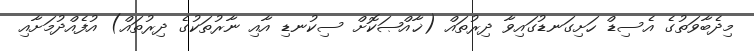
މިދެބާވަތުގެ އެސިޑް ހަށިގަނޑުގައިވާ ދިރުތައް (ޚާއްޞަކޮށް ސިކުނޑި އާއި ނާރުތަކުގެ ދިރުތައް) އުފެއްދުމަށާއި